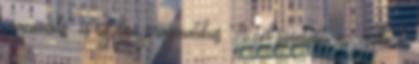
„racionális” és egyben pragmatikus. A cél szen­tesíti az eszközt,